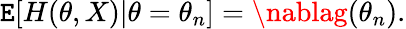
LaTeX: \operatorname{\mathtt{E}}[H(\theta,X)|\theta=\theta_{n}]=\nablag(\theta_{n}).